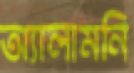
অ্যালামনি